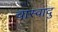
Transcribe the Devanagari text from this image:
चास्वादु